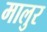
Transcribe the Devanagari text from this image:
मालुर